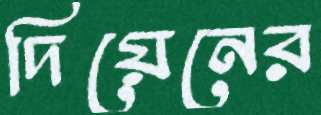
দিয়েনের